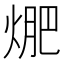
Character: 𭵁